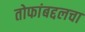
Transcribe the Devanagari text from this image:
तोफांबद्दलचा